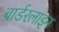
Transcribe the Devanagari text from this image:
बार्डरलाइन